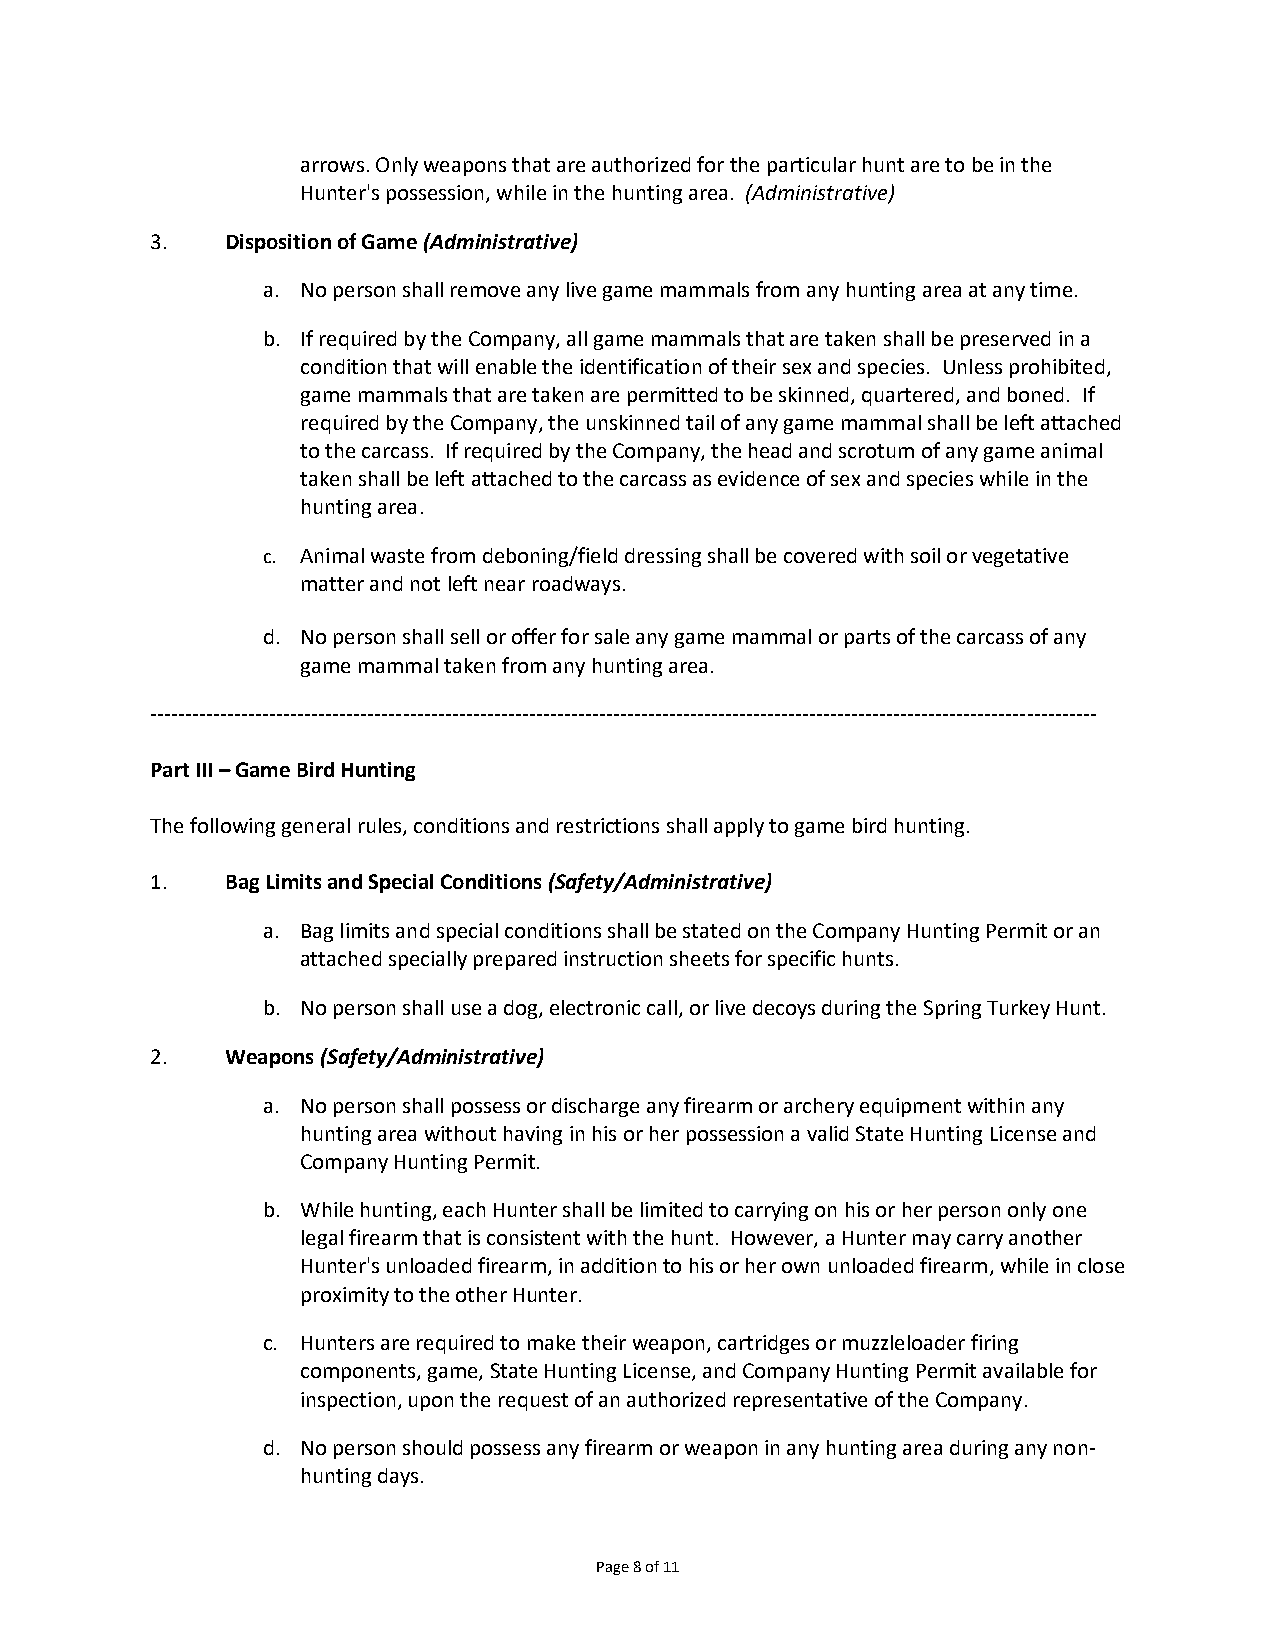
arrows. Only weapons that are authorized for the particular hunt are to be in the
 Hunter's possession, while in the hunting area. (Administrative)
 3.   Disposition of Game (Administrative)
 a. No person shall remove any live game mammals from any hunting area at any time.
 b. If required by the Company, all game mammals that are taken shall be preserved in a
 condition that will enable the identification of their sex and species. Unless prohibited,
 game mammals that are taken are permitted to be skinned, quartered, and boned. If
 required by the Company, the unskinned tail of any game mammal shall be left attached
 to the carcass. If required by the Company, the head and scrotum of any game animal
 taken shall be left attached to the carcass as evidence of sex and species while in the
 hunting area.
 c. Animal waste from deboning/field dressing shall be covered with soil or vegetative
 matter and not left near roadways.
 d. No person shall sell or offer for sale any game mammal or parts of the carcass of any
 game mammal taken from any hunting area.
 ---------------------------------------------------------------------------------------------------------------------------------------
 Part III – Game Bird Hunting
 The following general rules, conditions and restrictions shall apply to game bird hunting.
 1.   Bag Limits and Special Conditions (Safety/Administrative)
 a. Bag limits and special conditions shall be stated on the Company Hunting Permit or an
 attached specially prepared instruction sheets for specific hunts.
 b. No person shall use a dog, electronic call, or live decoys during the Spring Turkey Hunt.
 2.   Weapons (Safety/Administrative)
 a. No person shall possess or discharge any firearm or archery equipment within any
 hunting area without having in his or her possession a valid State Hunting License and
 Company Hunting Permit.
 b. While hunting, each Hunter shall be limited to carrying on his or her person only one
 legal firearm that is consistent with the hunt. However, a Hunter may carry another
 Hunter's unloaded firearm, in addition to his or her own unloaded firearm, while in close
 proximity to the other Hunter.
 c. Hunters are required to make their weapon, cartridges or muzzleloader firing
 components, game, State Hunting License, and Company Hunting Permit available for
 inspection, upon the request of an authorized representative of the Company.
 d. No person should possess any firearm or weapon in any hunting area during any non-
 hunting days.
 Page 8 of 11